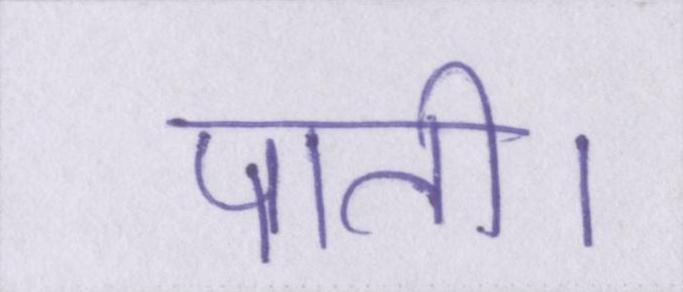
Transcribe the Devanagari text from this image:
पाती।